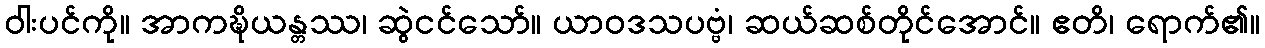
ဝါးပင်ကို။ အာကဍ္ဎိယန္တဿ၊ ဆွဲငင်သော်။ ယာဝဒသပဗ္ဗံ၊ ဆယ်ဆစ်တိုင်အောင်။ ဧတိ၊ ရောက်၏။